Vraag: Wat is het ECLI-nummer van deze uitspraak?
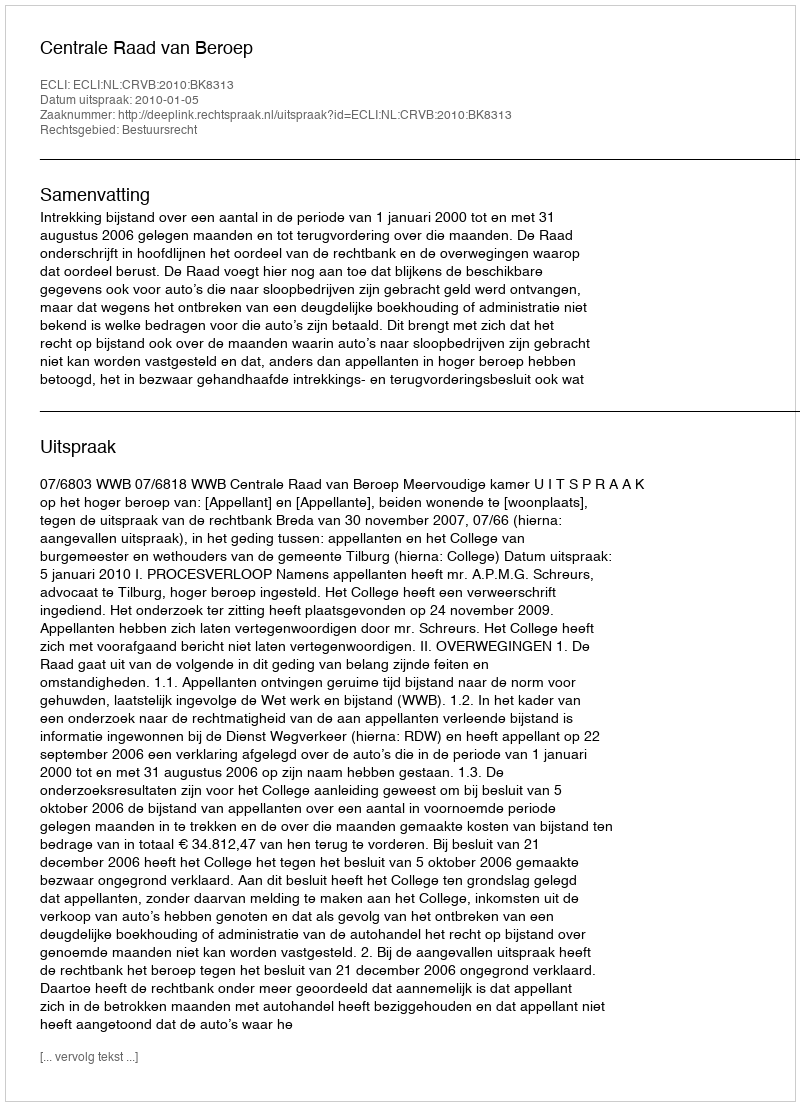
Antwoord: ECLI:NL:CRVB:2010:BK8313